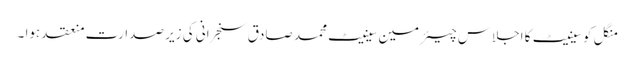
منگل کو سینیٹ کا اجلاس چیئرمین سینیٹ محمد صادق سنجرانی کی زیر صدارت منعقد ہوا ۔